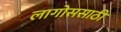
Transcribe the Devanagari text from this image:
लागोससाठी